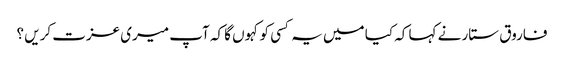
فاروق ستار نے کہا کہ کیا میں یہ کسی کو کہوں گا کہ آپ میری عزت کریں ؟